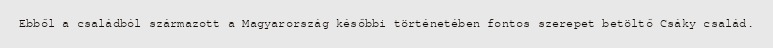
Ebből a családból származott a Magyarország későbbi történetében fontos szerepet betöltő Csáky család.